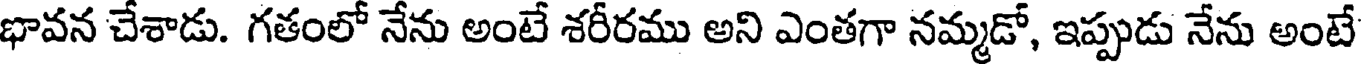
భావన చేశాడు. గతంలో నేను అంటే శరీరము అని ఎంతగా నమ్మడో, ఇప్పుడు నేను అంటే